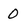
Character: 0